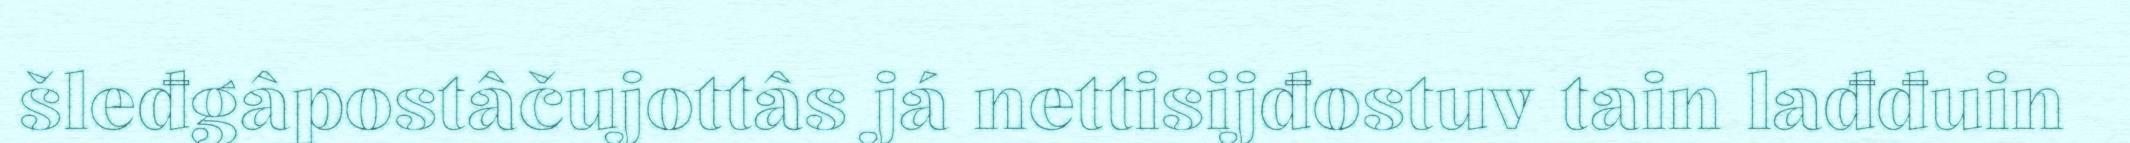
šleđgâpostâčujottâs já nettisijđostuv tain lađđuin